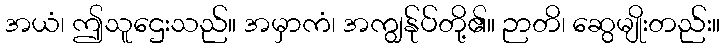
အယံ၊ ဤသူဌေးသည်။ အမှာကံ၊ အကျွန်ုပ်တို့၏။ ဉာတိ၊ ဆွေမျိုးတည်း။